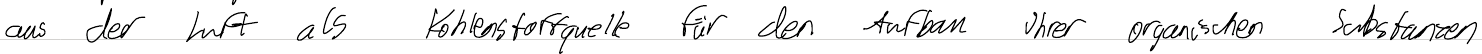
aus der Luft als Kohlenstoffquelle für den Aufbau Ihrer organischen Substanzen